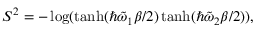
\begin{array} { r } { S ^ { 2 } = - \log ( \operatorname { t a n h } ( \hbar \tilde { \omega } _ { 1 } \beta / 2 ) \operatorname { t a n h } ( \hbar \tilde { \omega } _ { 2 } \beta / 2 ) ) , } \end{array}